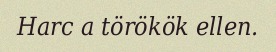
Harc a törökök ellen.